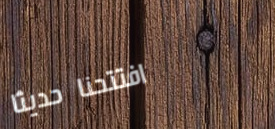
افتتحنا حديثاً